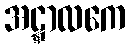
အဋ္ဋာလကေ